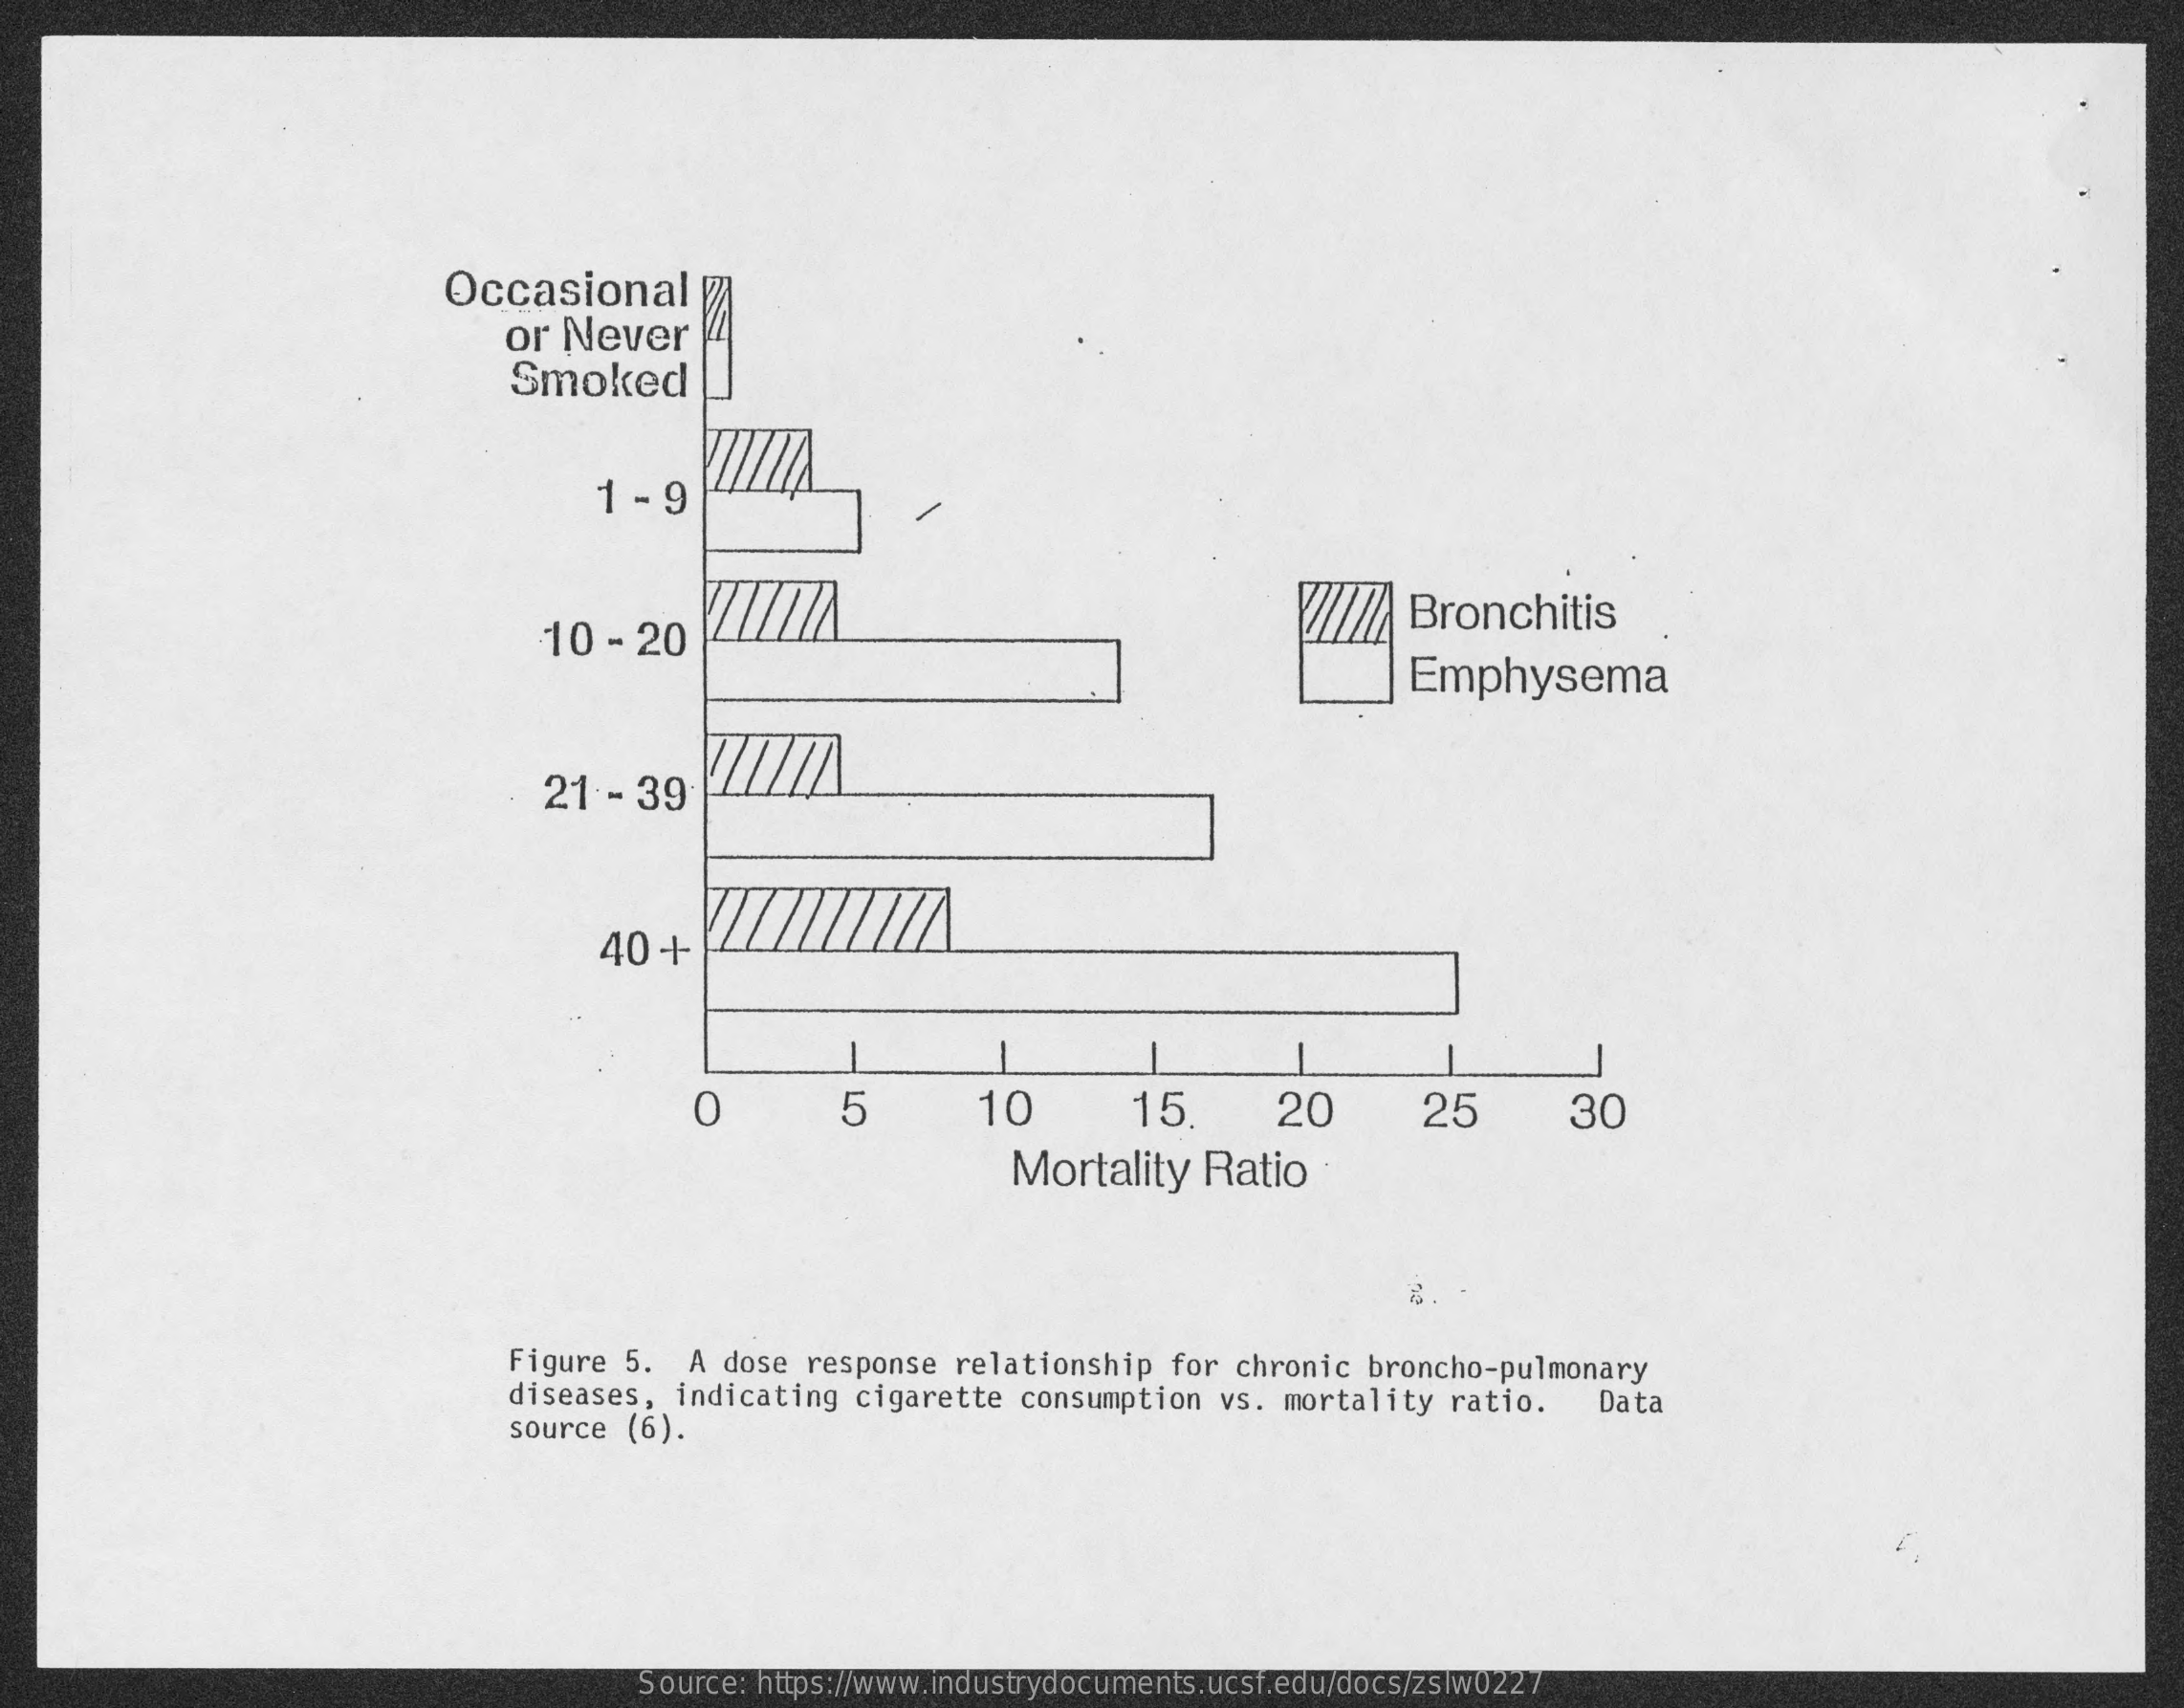
AS Occasional
     or Never
     Smoked
     1 - 9
     10 - 20
     Bronchitis
     Emphysema
     21 - 39
     40 +
     0    5    10    15    20    25    30
     Mortality Ratio
     Figure 5. A dose response relationship for chronic broncho-pulmonary
     diseases, indicating cigarette consumption vs. mortality ratio. Data
     source (6).
     Source: https://www.industrydocuments.ucsf.edu/docs/zslw0227